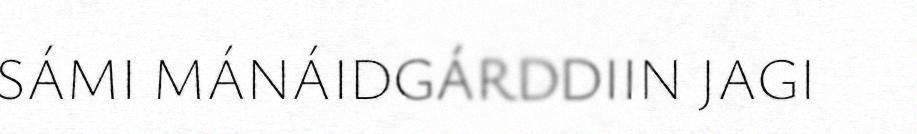
SÁMI MÁNÁIDGÁRDDIIN JAGI